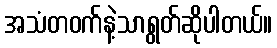
အသံတဝက်နဲ့သာရွတ်ဆိုပါတယ်။